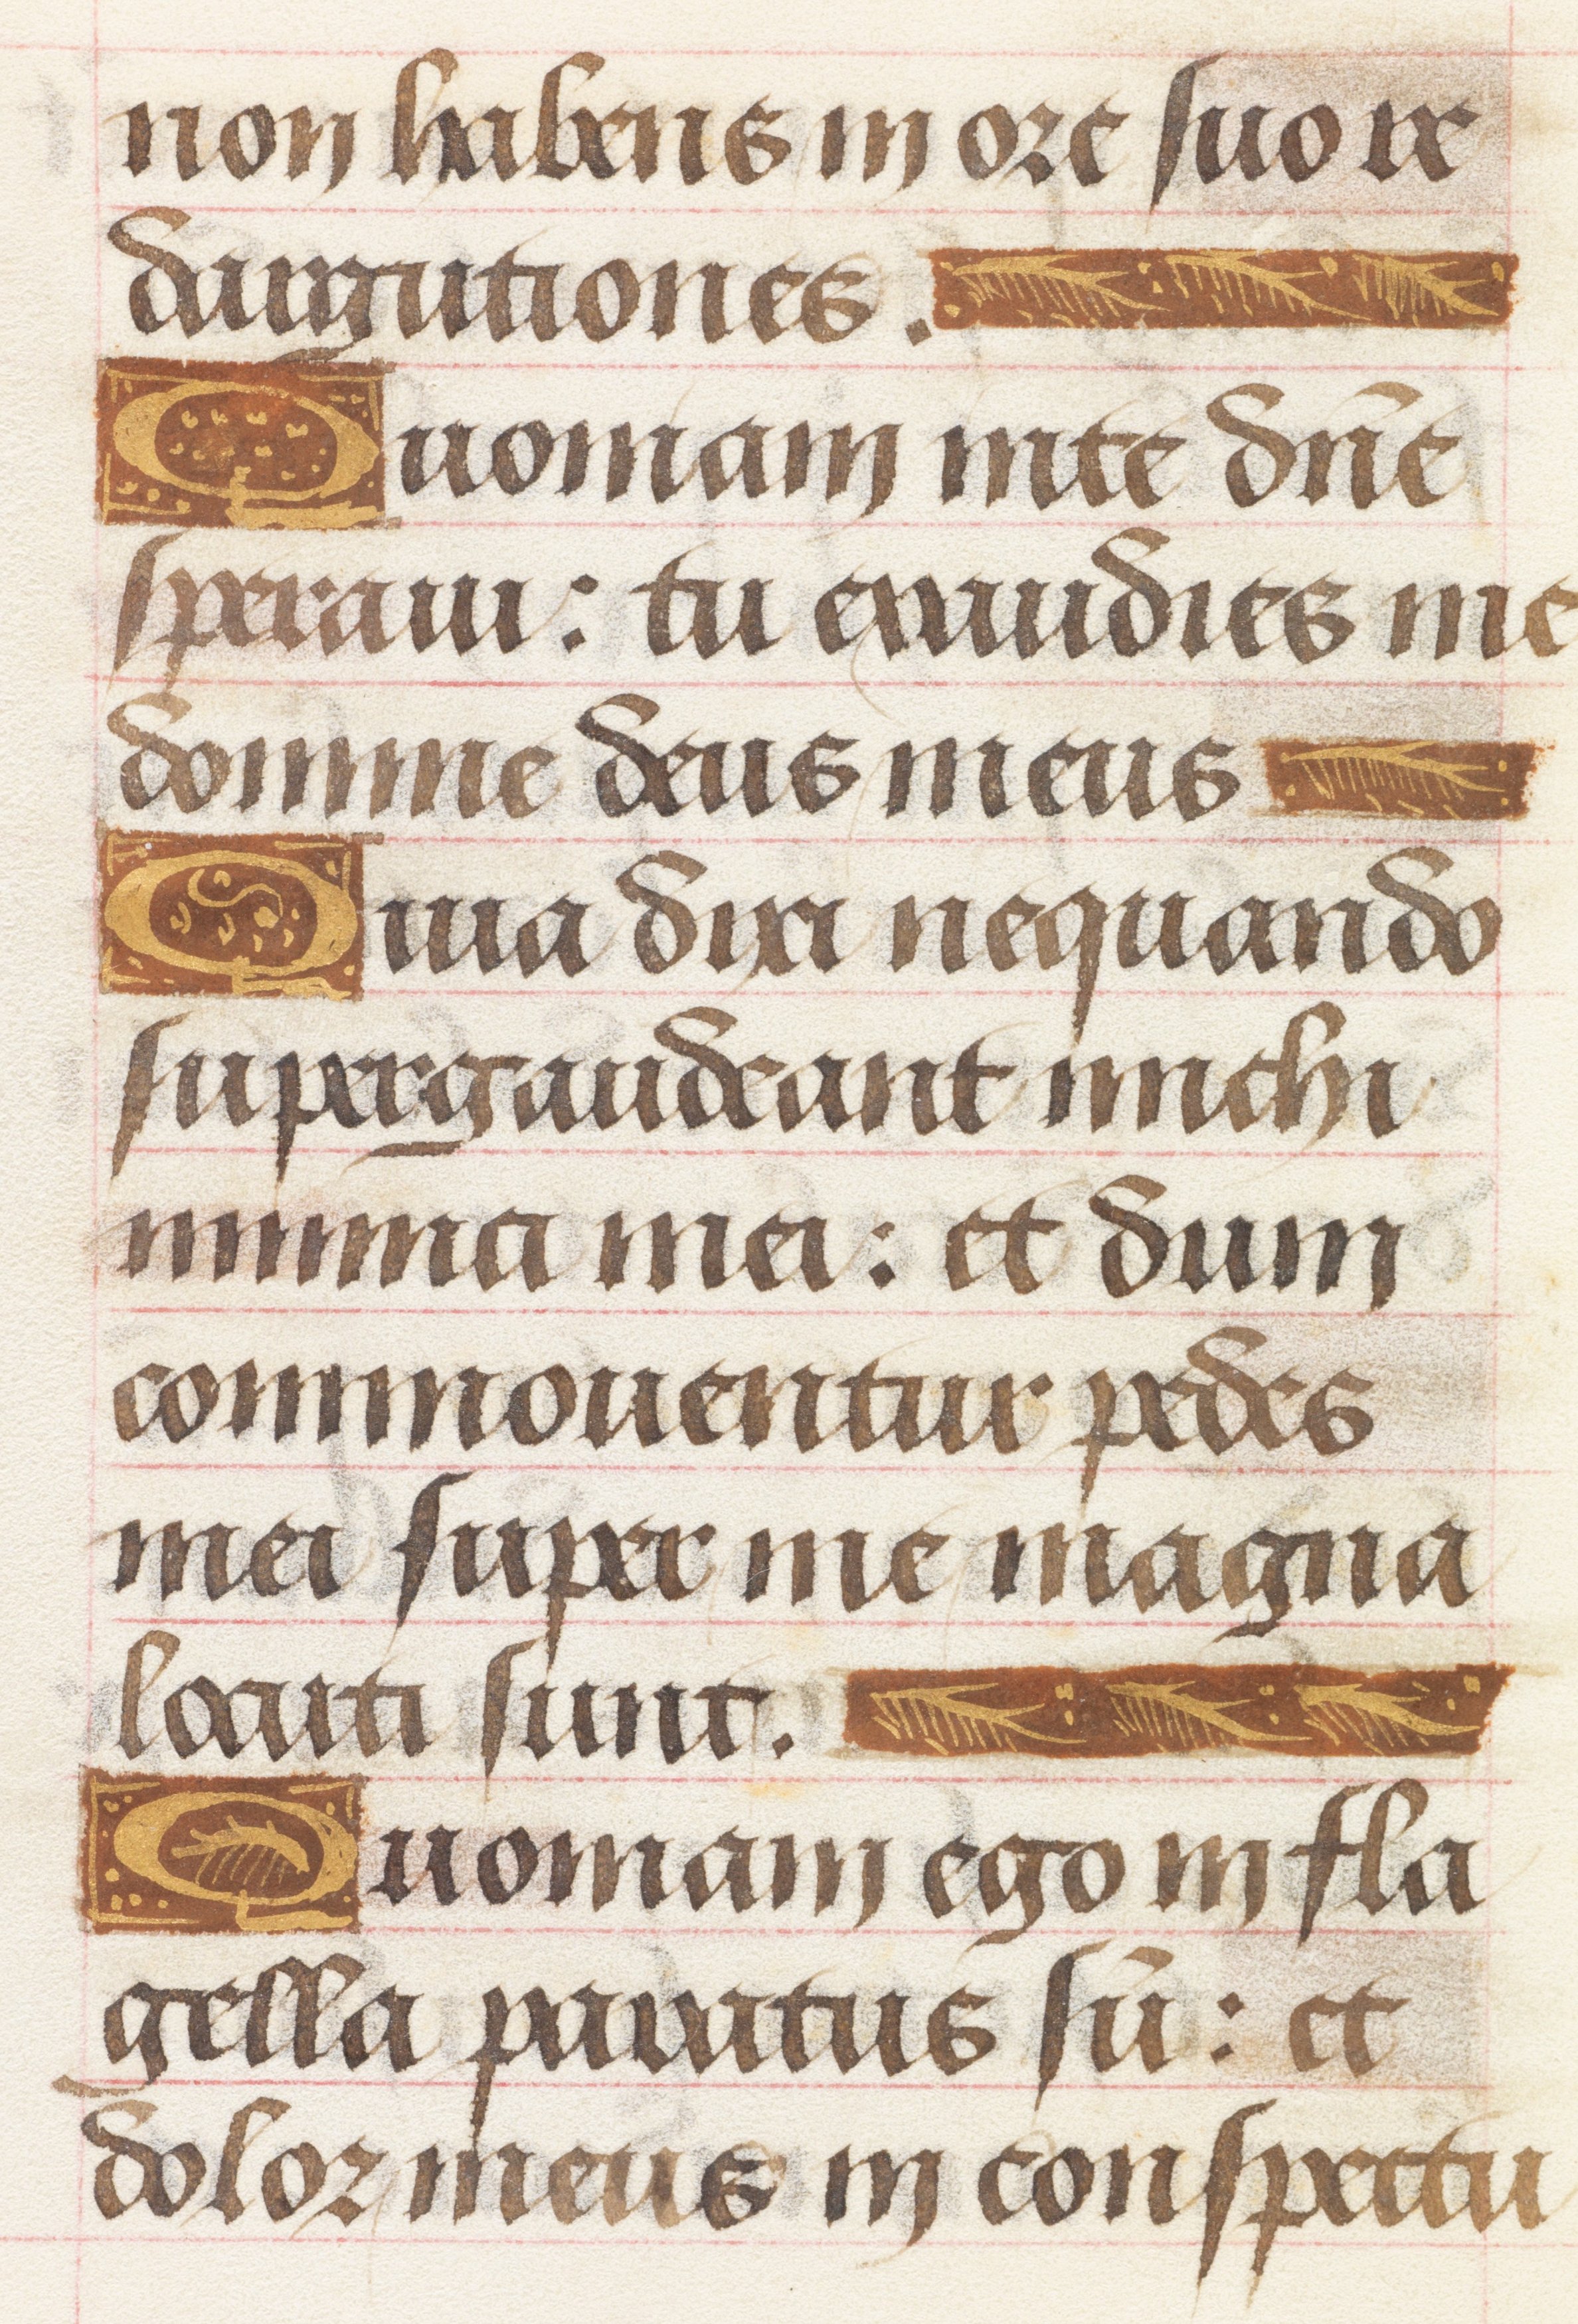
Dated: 1450–1499